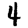
Digit: 4